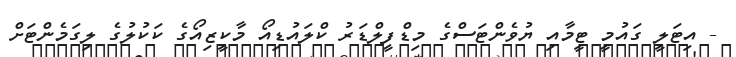
- އިޓަލީ ގައުމީ ޓީމާއި ޔުވެންޓަސްގެ މިޑްފީލްޑަރު ކްލައުޑިއޯ މާކީޒިއޯގެ ކަކުލުގެ ލިގަމެންޓަށް